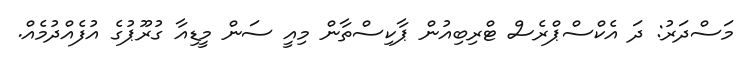
މަސްދަރު: ދަ އެކްސްޕްރެސް ޓްރިބިއުން ޕާކިސްތާން މިއީ ސަން މީޑިއާ ގުރޫޕުގެ އުފެއްދުމެއް.